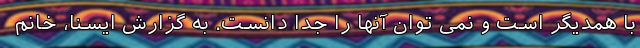
با همدیگر است و نمی توان آنها را جدا دانست. به گزارش ایسنا، خانم